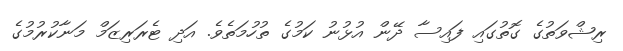
ރިޝްވަތުގެ ގޮތުގައި ފައިސާ ދޭން އުޅުނު ކަމުގެ ތުހުމަތެވެ. އަދި ޓެރަރިޒަމް މަނާކުރުމުގެ